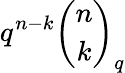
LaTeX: q^{n-k}{\binom{n}{k}}_{q}